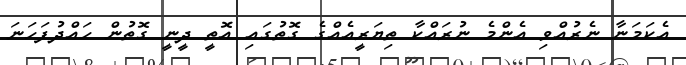
އެކަމަނާ ނެރުއްވި އެންމެ ނުރައްކާ ތިޔަރީއެއްގެ ގޮތުގައި އޮތީ ދީނީ ގޮތުން ހައްދުފަހަނަ